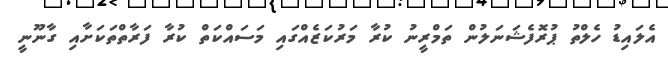
އެލައިޑު ހެލްތު ޕުރޮފެޝަނަލުން ތަމްރީނު ކުރާ މަރުކަޒެއްގައި މަސައްކަތް ކުރާ ފަރާތްތަކަށާއި ގާނޫނީ